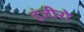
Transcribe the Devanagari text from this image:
हंजीरो